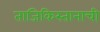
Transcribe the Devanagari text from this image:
ताजिकिस्तानाची